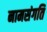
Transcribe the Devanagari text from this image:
नामसंगति